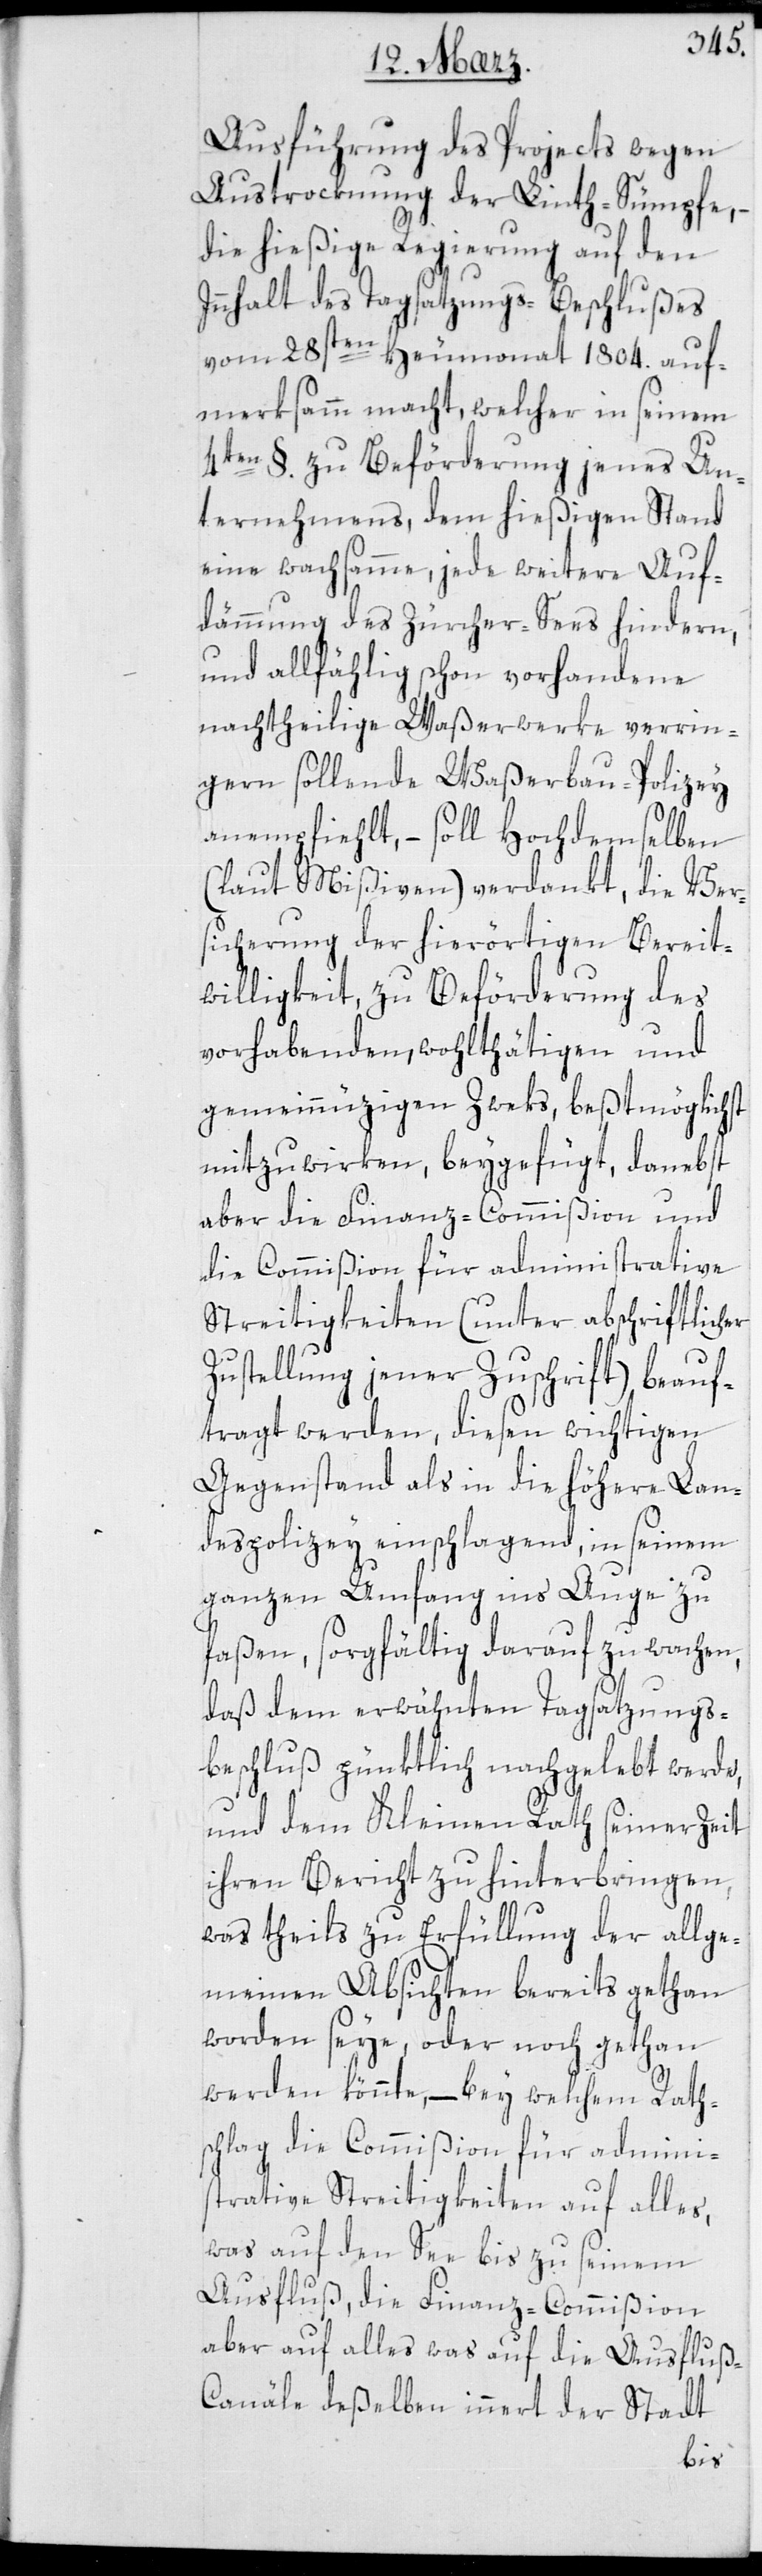
Ausführung des Projects wegen
Austrocknung der Linth-Sümpfe,
die hießige Regierung auf den
Innhalt des Tagsatzungs-Beschlußes
vom 28sten Heumonat 1804. auf¬
merksamm macht, welcher in seinem
4ten §. zu Beförderung jenes Un¬
ternehmens, dem hießigen Stand
eine wachsamme, jede weitere Auf¬
dämmung des Zürcher-Sees hindern,
und allfählig schon vorhandene
nachtheilige Waßerwerke verrin¬
gern sollende Waßerbau-Polizey
anempfiehlt, – soll Hochdemselben
(laut Mißiven) verdankt, die Ver¬
sicherung der hierörtigen Bereit¬
willigkeit, zu Beförderung des
vorhabenden, wohlthätigen und
gemeinnüzigen Zweks, beßtmöglichst
mitzuwirken, beygefügt, danebst
aber die Finanz-Commißion und
die Commißion für administrative
Streitigkeiten (unter abschriftlicher
Zustellung jener Zuschrift) beauf¬
tragt werden, diesen wichtigen
Gegenstand als in die höhere Lan¬
despolizey einschlagend, in seinem
ganzen Umfang ins Auge zu
faßen, sorgfältig darauf zu wachen,
daß dem erwähnten Tagsatzungs¬
beschluß pünktlich nachgelebt werde,
und dem Kleinen Rath seiner Zeit
ihren Bericht zu hinterbringen,
was theils zu Erfüllung der allge¬
meinen Absichten bereits gethan
worden seye, oder noch gethan
werden könnte, – bey welchem Rath¬
schlag die Commißion für admini¬
strative Streitigkeiten auf alles,
was auf den See bis zu seinem
Ausfluß, die Finanz-Commißion
aber auf alles was auf die Ausfluß-C¬
anäle deßelben innert der Stadt